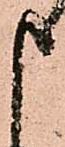
申